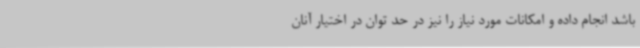
باشد انجام داده و امکانات مورد نیاز را نیز در حد توان در اختیار آنان